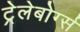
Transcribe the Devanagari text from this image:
ट्रेलेबोर्ग्स